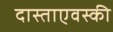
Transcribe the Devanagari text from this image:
दास्ताएवस्की